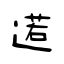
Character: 逽